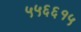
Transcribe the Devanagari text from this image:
५५६६१५